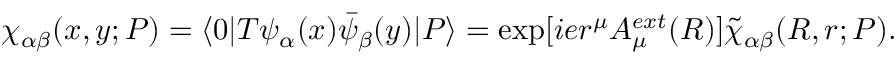
\chi _ { \alpha \beta } ( x , y ; P ) = \langle 0 | T \psi _ { \alpha } ( x ) { \bar { \psi } } _ { \beta } ( y ) | P \rangle = \exp [ i e r ^ { \mu } A _ { \mu } ^ { e x t } ( R ) ] \tilde { \chi } _ { \alpha \beta } ( R , r ; P ) .